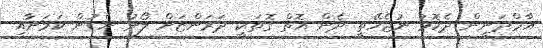
އާމްދަނީން ދެކޮޅު ނުޖެހޭތީ ދެން އޮތް ގޮތަކީ ދަރަންޏަށް ލޯނު ނެގުން ކަމަށާއި